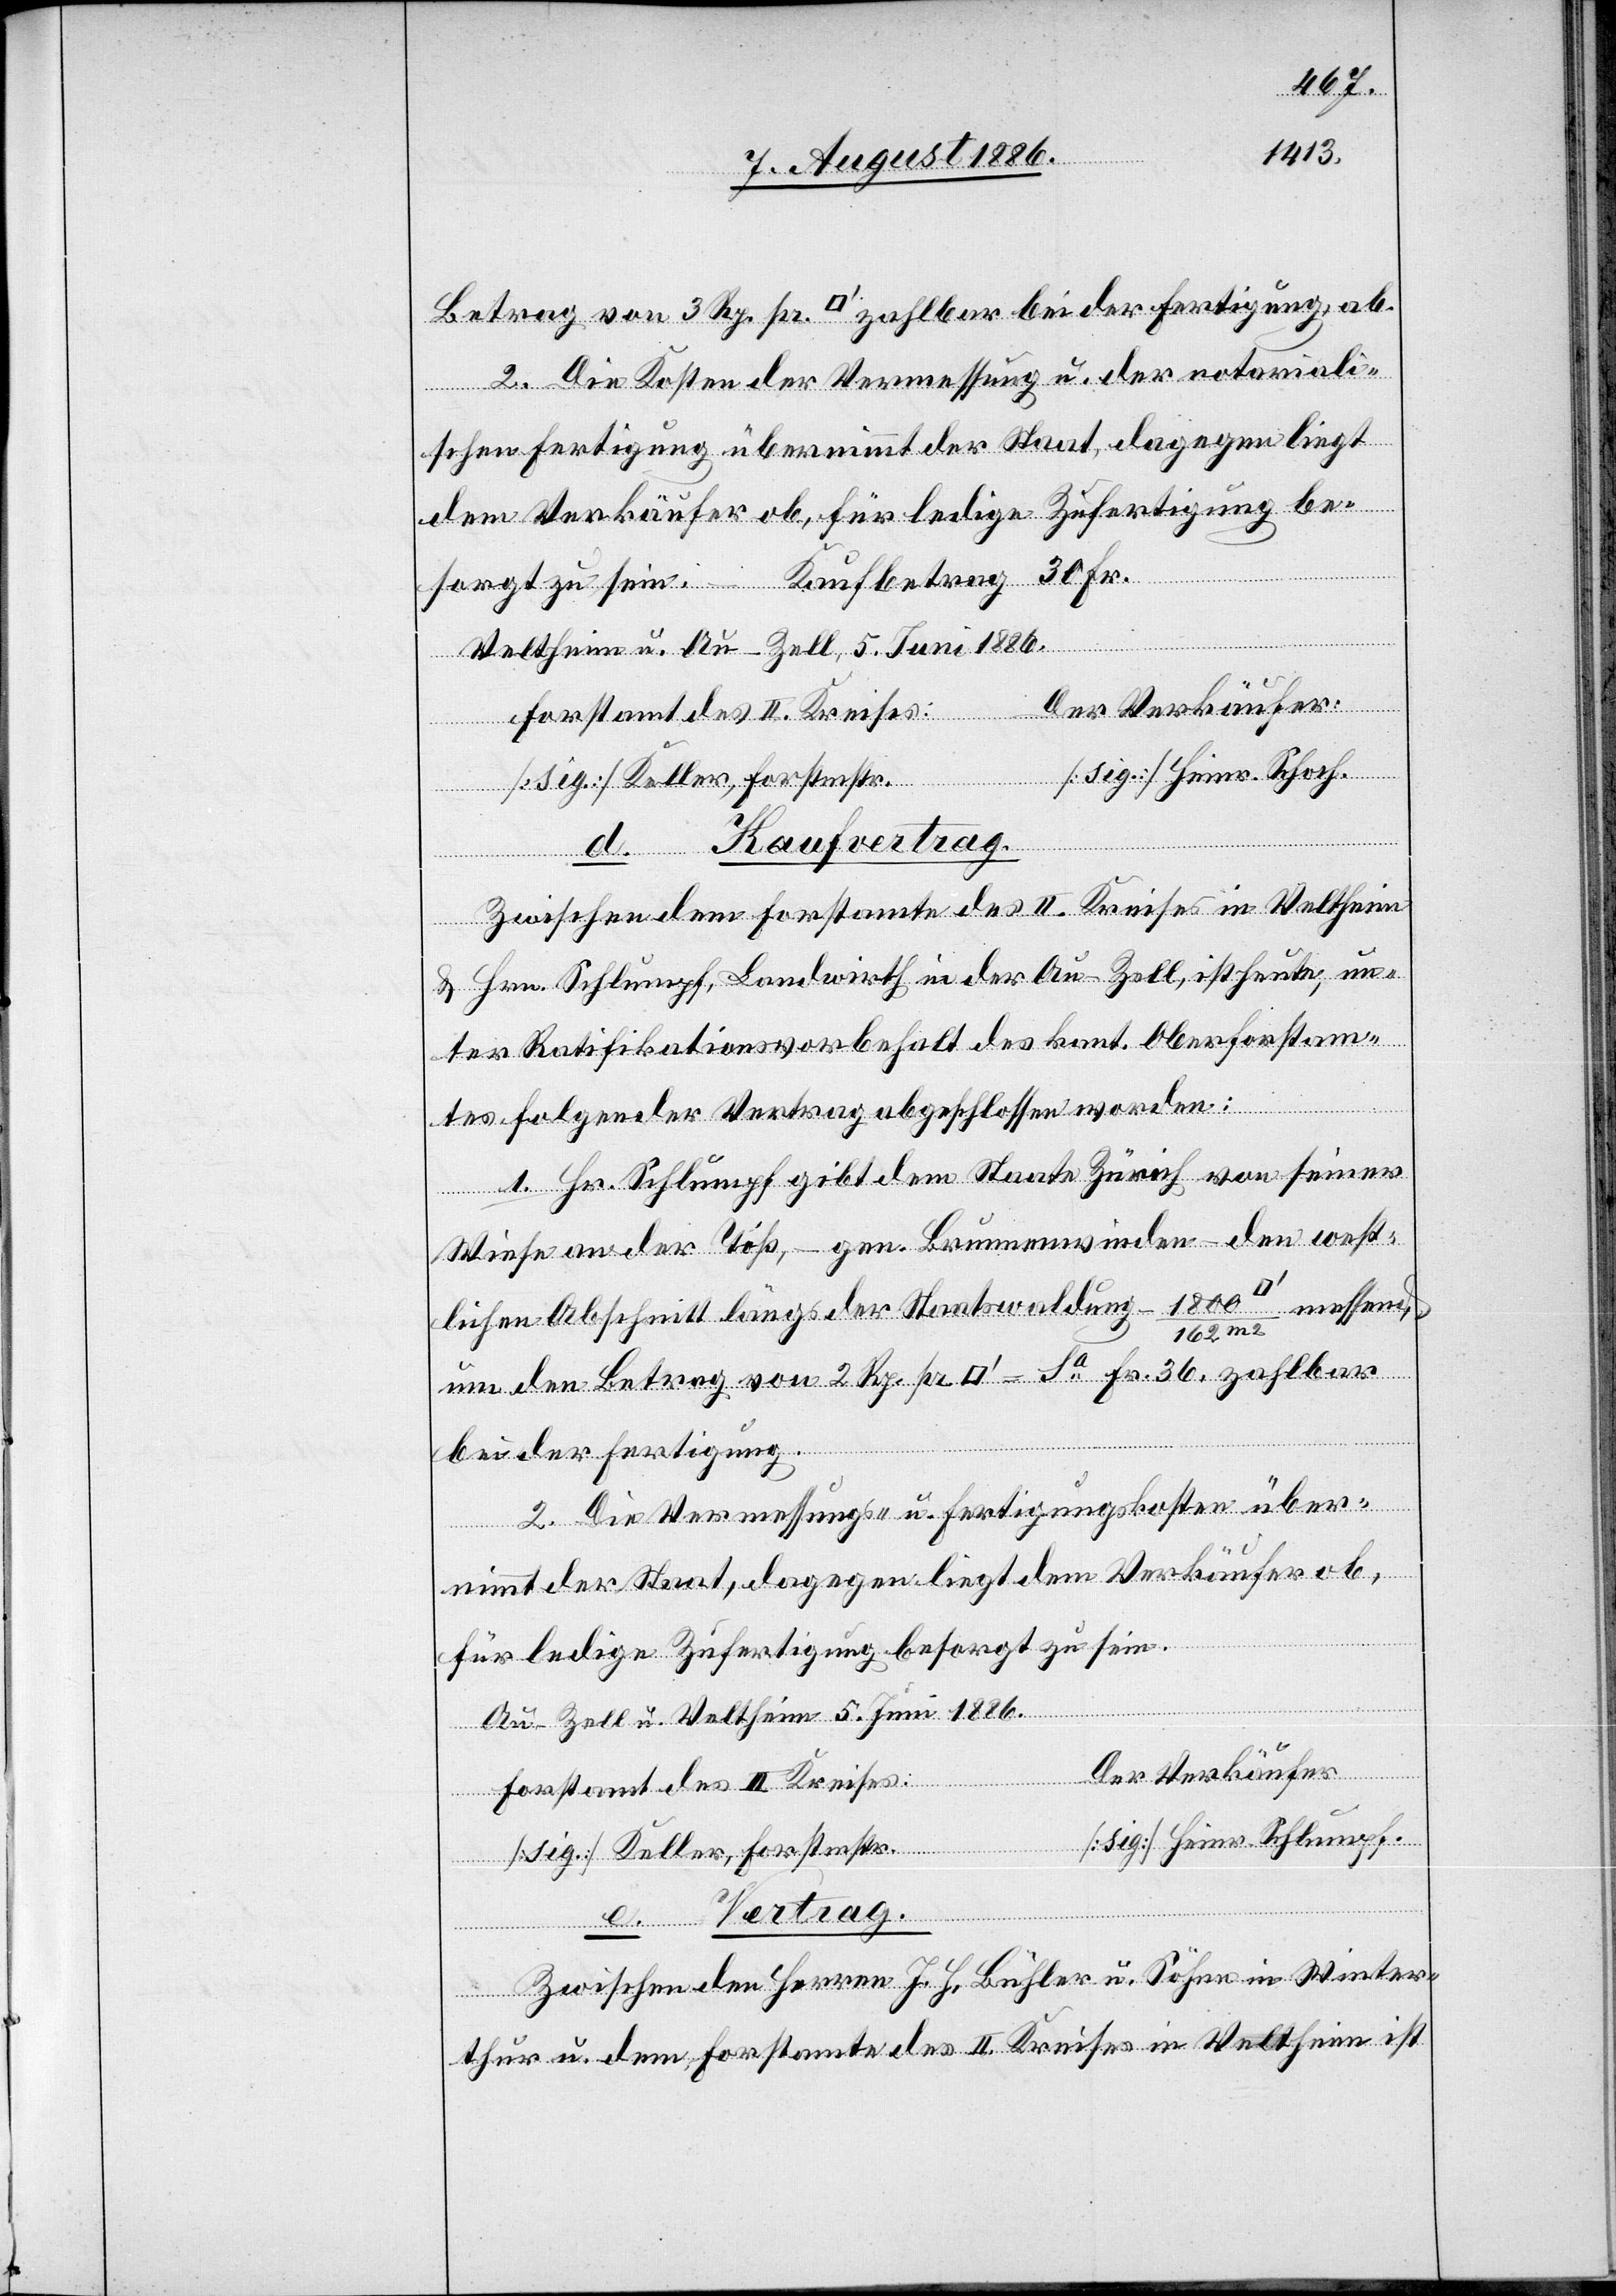
2. Die Kosten der Vermessung u. der notariali¬
schen Fertigung übernimmt der Staat, dagegen liegt
dem Verkäufer ob, für ledige Zufertigung be¬
Rp. pr.
sorgt zu sein. – Kaufbetrag
Vertrag.
Veltheim u. Au - Zell, 5. Juni 1886.
36,
messend, um den
[sig.] Heinr. Schoch.
[sig.] Keller, Forstmstr.
Kaufvertrag.
Zwischen dem Forstamte des II. Kreises in Veltheim
& Hrn. Schlumpf, Landwirth in der Au - Zell, ist heute, un¬
ter Ratifikationsvorbehalt des kant. Oberforstam¬
d.
tes folgender Vertrag abgeschlossen worden:
1. Hr. Schlumpf gibt dem Staate Zürich von seiner
Wiese an der Töß, – gen. Brunnenwinden – den west¬
lichen Abschnitt längs der Staatswaldung – 1800
bei der Fertigung.
2. Die Vermessungs- u. Fertigungskosten über¬
nimmt der Staat, dagegen liegt dem Verkäufer ob,
für ledige Zufertigung besorgt zu sein.
m2
Au - Zell u. Veltheim, 5. Juni 1886.
Der Verkäufer:
Forstamt des II. Kreises:
[sig.] Heinr. Schlumpf.
Zwischen den Herren J. H. Bühler u. Söhne in Winter¬
thur u. dem Forstamte des II. Kreises in Veltheim ist

von